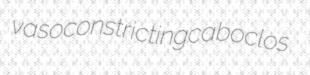
vasoconstricting caboclos